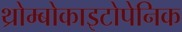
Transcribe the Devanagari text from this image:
थ्रोम्बोकाइटोपेनिक